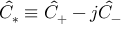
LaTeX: \hat { C } _ { \ast } \equiv \hat { C } _ { + } - j \hat { C } _ { - }